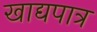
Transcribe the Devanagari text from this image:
खाद्यपात्र